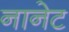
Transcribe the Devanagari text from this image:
नानेट